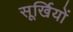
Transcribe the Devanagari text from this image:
सूर्खियों